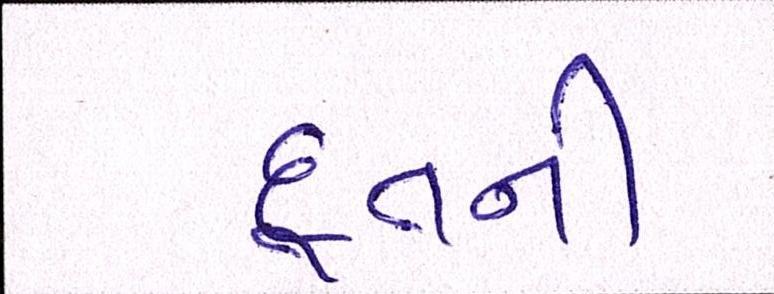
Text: દૂતની